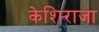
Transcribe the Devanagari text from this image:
केशिराजा